Serum-therapy of plague in India - Number 20
Disease focus: Plague
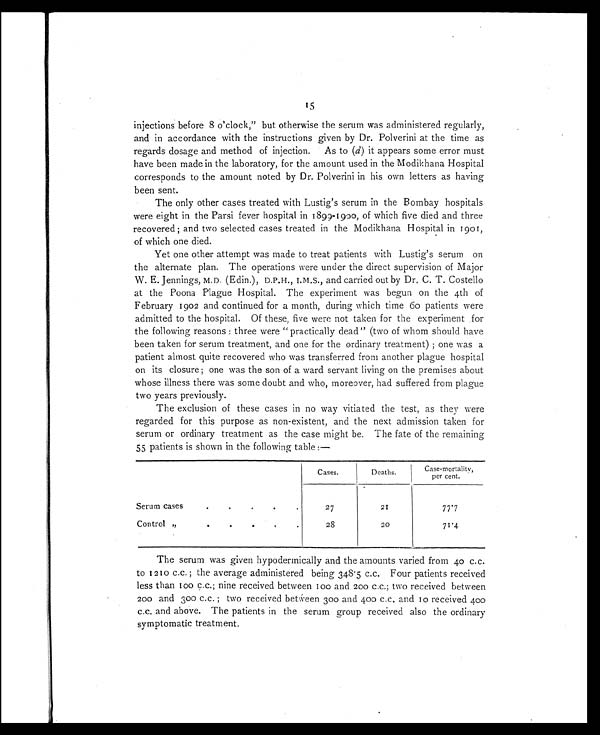
15
injections before 8 o'clock," but otherwise the serum was administered regularly,
and in accordance with the instructions given by Dr. Polverini at the time as
regards dosage and method of injection. As to ( d) it appears some error must
have been made in the laboratory, for the amount used in the Modikhana Hospital
corresponds to the amount noted by Dr. Polverini in his own letters as having
been sent.
The only other cases treated with Lustig's serum in the Bombay hospitals
were eight in the Parsi fever hospital in 1899-1900, of which five died and three
recovered; and two selected cases treated in the Modikhana Hospital in 1901,
of which one died.
Yet one other attempt was made to treat patients with Lustig's serum on
the alternate plan. The operations were under the direct supervision of Major
W. E. Jennings, M.D. (Edin.), D.P.H., I.M.S., and carried out by Dr. C. T. Costello
at the Poona Plague Hospital. The experiment was begun on the 4th of
February 1902 and continued for a month, during which time 60 patients were
admitted to the hospital. Of these, five were not taken for the experiment for
the following reasons: three were "practically dead" (two of whom should have
been taken for serum treatment, and one for the ordinary treatment); one was a
patient almost quite recovered who was transferred from another plague hospital
on its closure; one was the son of a ward servant living on the premises about
whose illness there was some doubt and who, moreover, had suffered from plague
two years previously.
The exclusion of these cases in no way vitiated the test, as they were
regarded for this purpose as non-existent, and the next admission taken for
serum or ordinary treatment as the case might be. The fate of the remaining
55 patients is shown in the following table :—
Cases.
Deaths.
Case-mortality,
per cent.
Serum cases.
.
27
21
77.7
Control ,,
.
. .
28
20
71.4
The serum was given hypodermically and the amounts varied from 40 c.c.
to 1210 c.c.; the average administered being 348.5 c.c. Four patients received
less than l00 c.c.; nine received between 100 and 200 c.c.; two received between
200 and 300 c.c.; two received between 300 and 400 c.c. and 10 received 400
c.c. and above. The patients in the serum group received also the ordinary
symptomatic treatment.